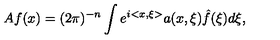
A f ( x ) = ( 2 \pi ) ^ { - n } \int e ^ { i < x , \xi > } a ( x , \xi ) \hat { f } ( \xi ) d \xi ,